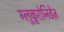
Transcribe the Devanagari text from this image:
ग्लुकूरोनिडेज़